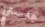
جلستي